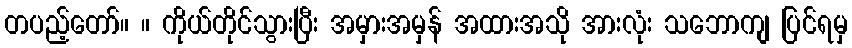
တပည့်တော်။ ။ ကိုယ်တိုင်သွားပြီး အမှားအမှန် အထားအသို အားလုံး သဘောကျ ပြင်ရမှ